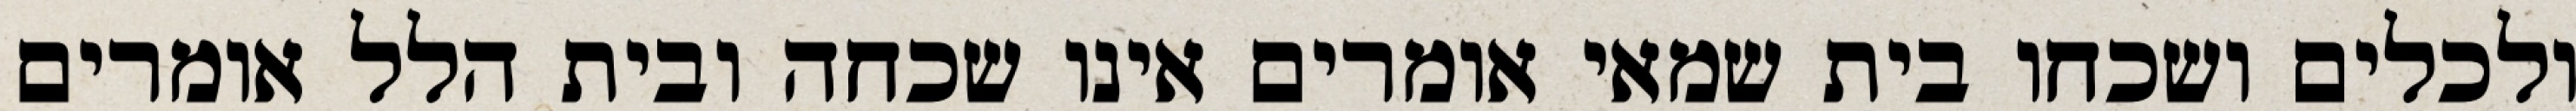
ולכלים ושכחו בית שמאי אומרים אינו שכחה ובית הלל אומרים